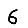
Digit: 6